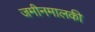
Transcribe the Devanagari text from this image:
जमीनमालकी